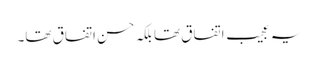
یہ عجیب اتفاق تھا بلکہ حسن اتفاق تھا۔